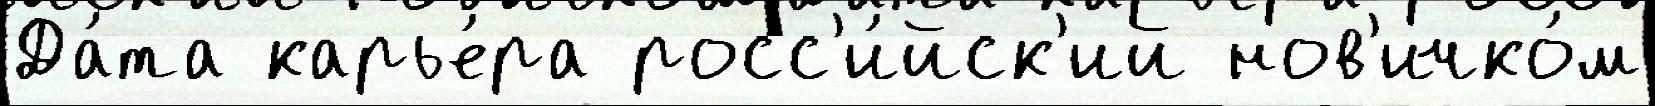
Да́та карье́ра росс'и́йск'ий нов'ичко́м